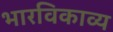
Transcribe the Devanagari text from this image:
भारविकाव्य